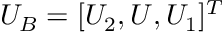
U _ { B } = [ U _ { 2 } , U , U _ { 1 } ] ^ { T }